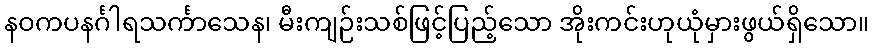
နဝကပနင်္ဂါရသင်္ကာသေန၊ မီးကျဉ်းသစ်ဖြင့်ပြည့်သော အိုးကင်းဟုယုံမှားဖွယ်ရှိသော။